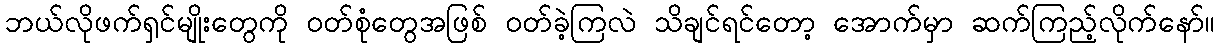
ဘယ်လိုဖက်ရှင်မျိုးတွေကို ဝတ်စုံတွေအဖြစ် ဝတ်ခဲ့ကြလဲ သိချင်ရင်တော့ အောက်မှာ ဆက်ကြည့်လိုက်နော်။